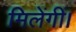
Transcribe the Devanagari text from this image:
मिलेंगीं।